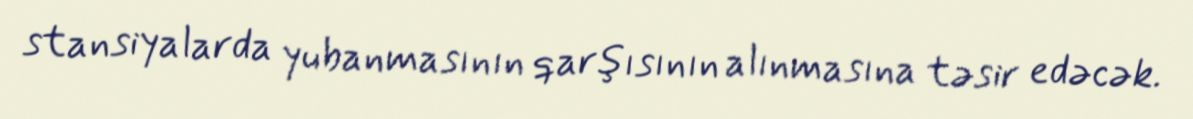
stansiyalarda yubanmasının qarşısının alınmasına təsir edəcək.